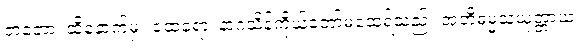
တတော၊ ထိုနောက်မှ။ ထေရော၊ နာဂသိန်ကိုယ်တော်မထေရ်သည်။ အဘိဓမ္မသံယုတ္တာယ၊